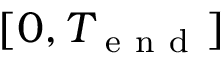
[ 0 , T _ { \mathrm { ~ e ~ n ~ d ~ } } ]